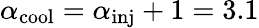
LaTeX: \alpha_{\mathrm{cool}}=\alpha_{\mathrm{inj}}+1=3.1